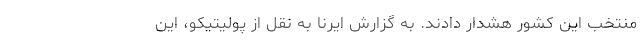
منتخب این کشور هشدار دادند. به گزارش ایرنا به نقل از پولیتیکو، این